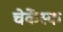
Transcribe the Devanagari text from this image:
चेर्केस्क